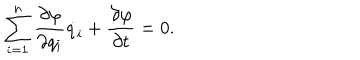
\sum _ { i = 1 } ^ { n } \frac { \partial \varphi } { \partial q _ { i } } \dot { q } _ { i } + \frac { \partial \varphi } { \partial t } = 0 { . }